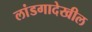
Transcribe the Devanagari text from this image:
लांडगादेखील